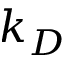
k _ { D }